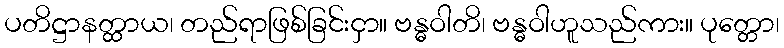
ပတိဋ္ဌာနတ္ထာယ၊ တည်ရာဖြစ်ခြင်းငှာ။ ဗန္ဓဝါတိ၊ ဗန္ဓဝါဟူသည်ကား။ ပုတ္တော၊